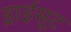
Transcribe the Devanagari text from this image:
ड्राईसूट